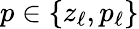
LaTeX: p\in\{ z_{\ell},p_{\ell}\}